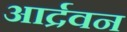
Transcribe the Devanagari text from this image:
आर्द्रवन